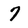
Character: 7